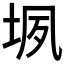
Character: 𰉬